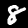
Digit: 8